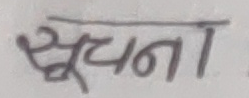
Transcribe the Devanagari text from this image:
सूचना